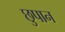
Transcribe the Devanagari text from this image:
छुपान